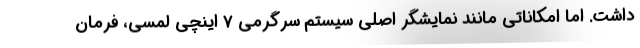
داشت. اما امکاناتی مانند نمایشگر اصلی سیستم سرگرمی 7 اینچی لمسی، فرمان